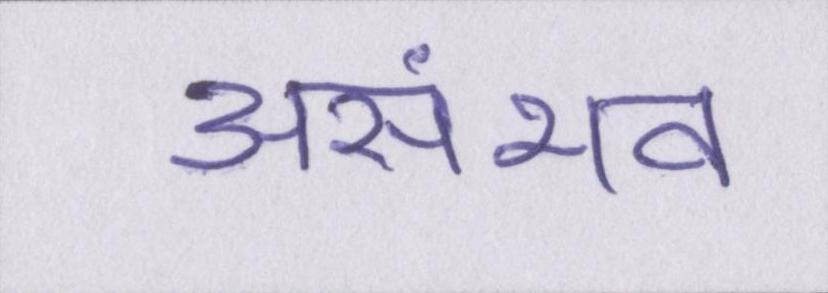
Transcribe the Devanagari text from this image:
असंभव